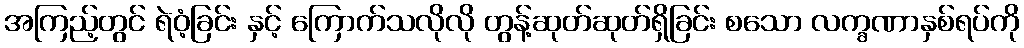
အကြည့်တွင် ရဲဝံ့ခြင်း နှင့် ကြောက်သလိုလို တွန့်ဆုတ်ဆုတ်ရှိခြင်း စသော လက္ခဏာနှစ်ရပ်ကို